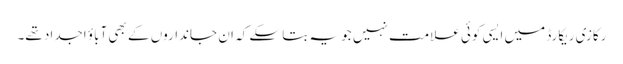
رکازی ریکارڈ میں ایسی کوئی علامت نہیں جو یہ بتا سکے کہ ان جانداروں کے بھی آباؤ اجداد تھے۔